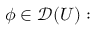
\phi \in { \mathcal { D } } ( U ) :